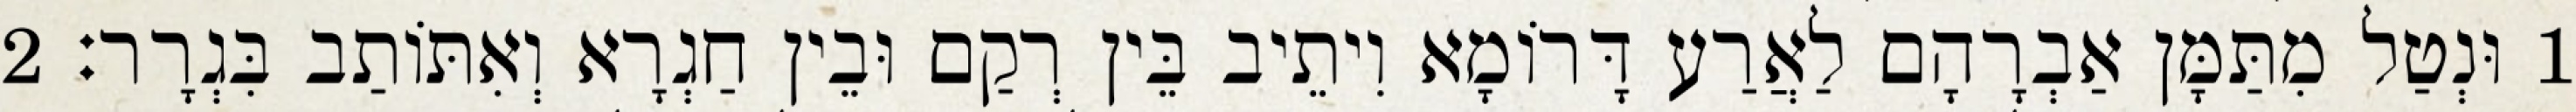
1 וּנְטַל מִתַּמָּן אַבְרָהָם לַאֲרַע דָּרוֹמָא וִיתֵיב בֵּין רְקַם וּבֵין חַגְרָא וְאִתּוֹתַב בִּגְרָר׃ 2